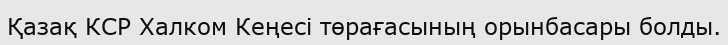
Қазақ КСР Халком Кеңесі төрағасының орынбасары болды.